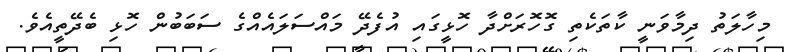
މިހާލަތު ދިމާވަނީ ކާތަކެތި ގޮހޮރަށްދާ ހޮޅީގައި އުފެދޭ މައްސަލައެއްގެ ސަބަބުން ހޮޅި ބެދޭތީއެވެ.